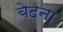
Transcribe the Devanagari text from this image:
बेदना